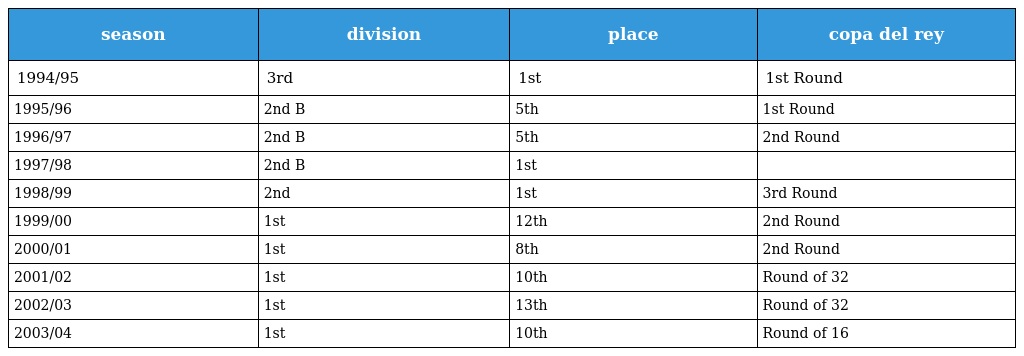
| season | division | place | copa del rey |
 | --- | --- | --- | --- |
 | 1994/95 | 3rd | 1st | 1st Round |
 | 1995/96 | 2nd B | 5th | 1st Round |
 | 1996/97 | 2nd B | 5th | 2nd Round |
 | 1997/98 | 2nd B | 1st |  |
 | 1998/99 | 2nd | 1st | 3rd Round |
 | 1999/00 | 1st | 12th | 2nd Round |
 | 2000/01 | 1st | 8th | 2nd Round |
 | 2001/02 | 1st | 10th | Round of 32 |
 | 2002/03 | 1st | 13th | Round of 32 |
 | 2003/04 | 1st | 10th | Round of 16 |